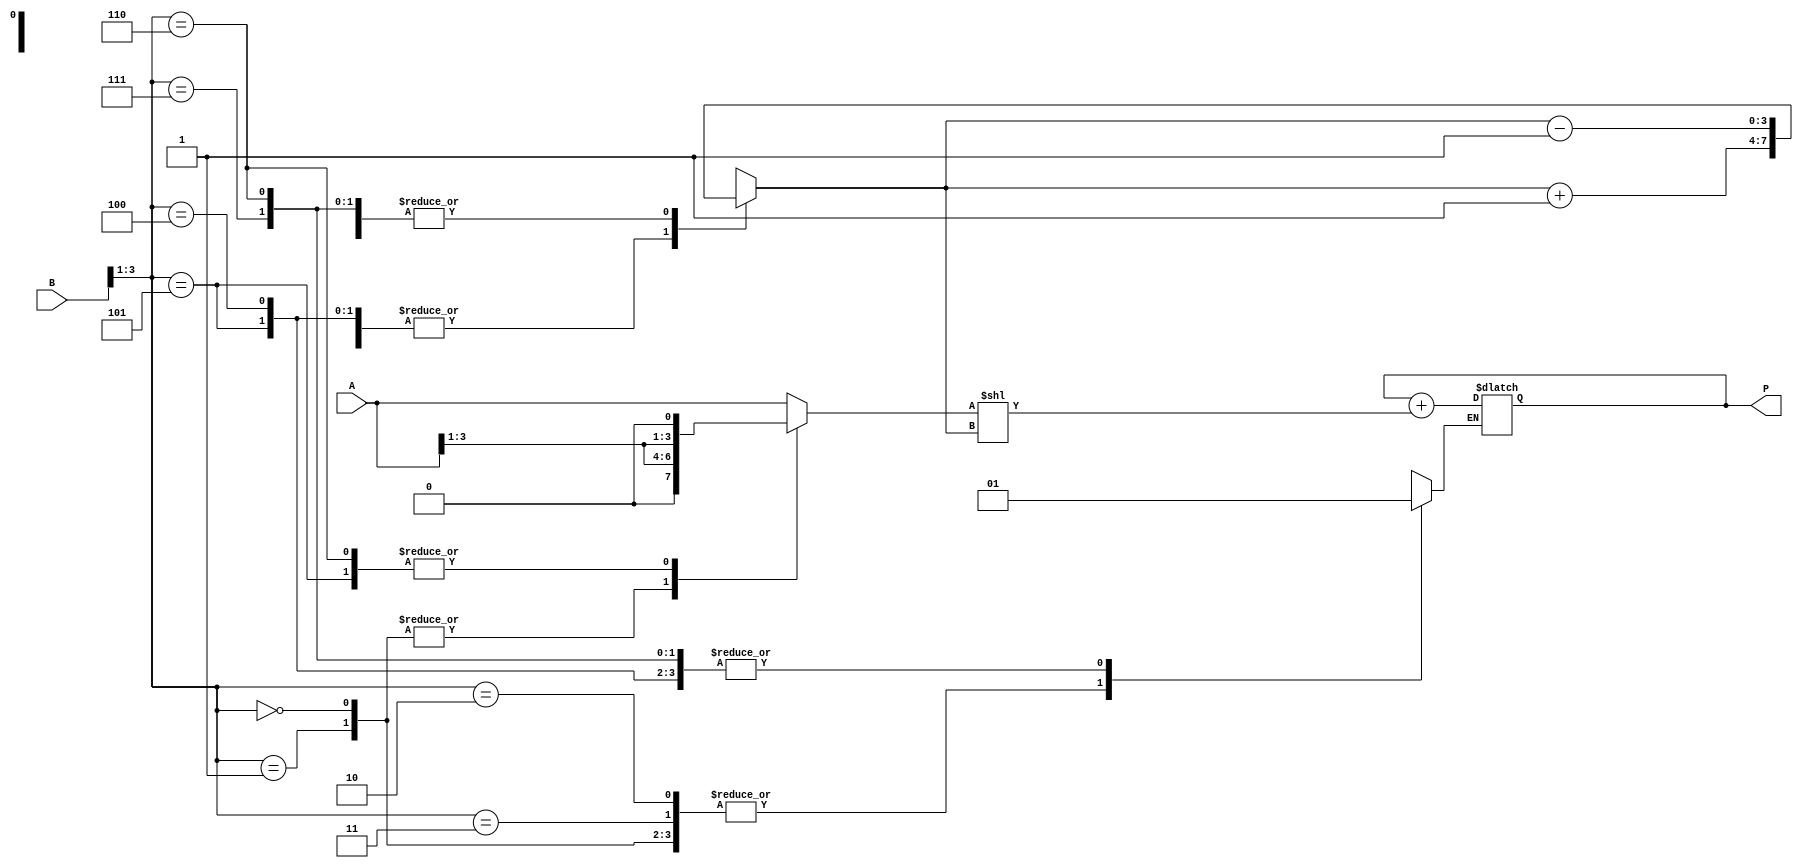
module booth_multiplier(
    input [3:0] A,
    input [3:0] B,
    output reg [7:0] P
);

reg [3:0] A_reg, B_reg;
reg [3:0] shift_count;

wire is_shift, is_add;
wire [2:0] control;

// Control logic to determine when shifts and additions should occur
assign control = {B[3], B[2:1]};

// Shift registers to shift A and B right or left based on Booth encoding
always @*
begin
    case(control)
        3'b000: begin
            A_reg <= {1'b0, A[3:1]};
            B_reg <= {B[3], B[3:1]};
        end
        3'b001: begin
            A_reg <= {1'b0, A[3:1]};
            B_reg <= B;
        end
        3'b010: begin
            A_reg <= A;
            B_reg <= {B[3], B[3:1], 1'b0};
        end
        3'b101: begin
            A_reg <= {A[3], A[3:1], 1'b0};
            B_reg <= {B[3], B[3:1], 1'b0};
        end
        3'b110: begin
            A_reg <= {A[3], A[3:1], 1'b0};
            B_reg <= B;
        end
        default: begin
            A_reg <= A;
            B_reg <= B;
        end
    endcase
end

// Adder to accumulate the partial products
always @*
begin
    if(is_add)
        P <= P + (A_reg << shift_count);
end

// Control logic to determine when to shift and add
always @*
begin
    case(control)
        3'b000, 3'b001: begin
            is_shift = 1;
            is_add = 0;
            shift_count <= shift_count + 1;
        end
        3'b010, 3'b011: begin
            is_shift = 1;
            is_add = 0;
            shift_count <= shift_count - 1;
        end
        3'b100, 3'b101: begin
            is_shift = 0;
            is_add = 1;
            shift_count <= shift_count + 1;
        end
        3'b110, 3'b111: begin
            is_shift = 0;
            is_add = 1;
            shift_count <= shift_count - 1;
        end
    endcase
end

endmodule